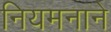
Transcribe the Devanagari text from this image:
नियमनाने